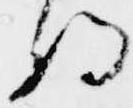
将